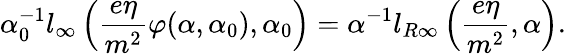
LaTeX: \alpha_{0}^{-1}l_{\infty}\left(\frac{e\eta}{m^{2}}\varphi(\alpha,\alpha_{0}),\alpha_{0}\right)=\alpha^{-1}l_{R\infty}\left(\frac{e\eta}{m^{2}},\alpha\right).